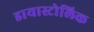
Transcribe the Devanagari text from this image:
डायास्टोलिक